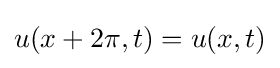
u(x+2\pi ,t)=u(x,t)